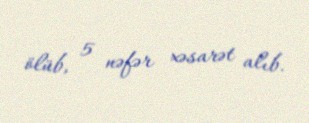
ölüb, 5 nəfər xəsarət alıb.